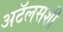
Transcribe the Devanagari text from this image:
अटॅलसशी